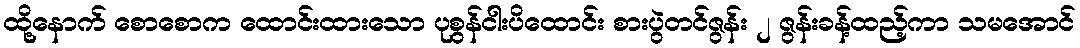
ထို့နောက် စောစောက ထောင်းထားသော ပုစွန်ငါးပိထောင်း စားပွဲတင်ဇွန်း ၂ ဇွန်းခန့်ထည့်ကာ သမအောင်